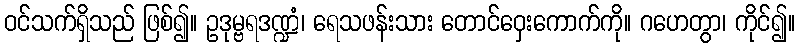
ဝင်သက်ရှိသည် ဖြစ်၍။ ဥဒုမ္ဗရဒဏ္ဍံ၊ ရေသဖန်းသား တောင်ဝှေးကောက်ကို။ ဂဟေတွာ၊ ကိုင်၍။